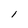
Character: I